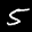
Label: 5